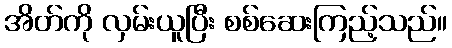
အိတ်ကို လှမ်းယူပြီး စစ်ဆေးကြည့်သည်။